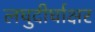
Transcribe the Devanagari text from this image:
लघुदीर्घाक्षर